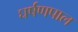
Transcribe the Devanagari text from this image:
घर्षणपाल